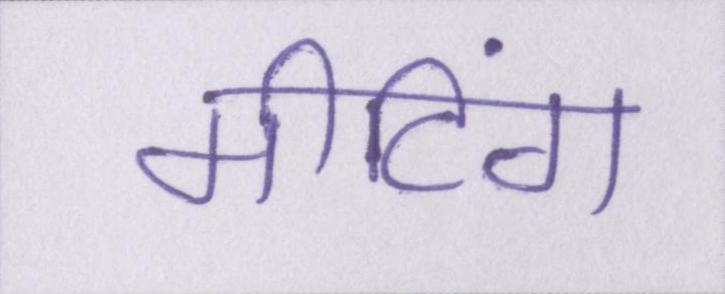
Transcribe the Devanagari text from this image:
मीटिंग